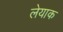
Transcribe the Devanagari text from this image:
लेयाक